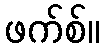
ဖက်စ်။